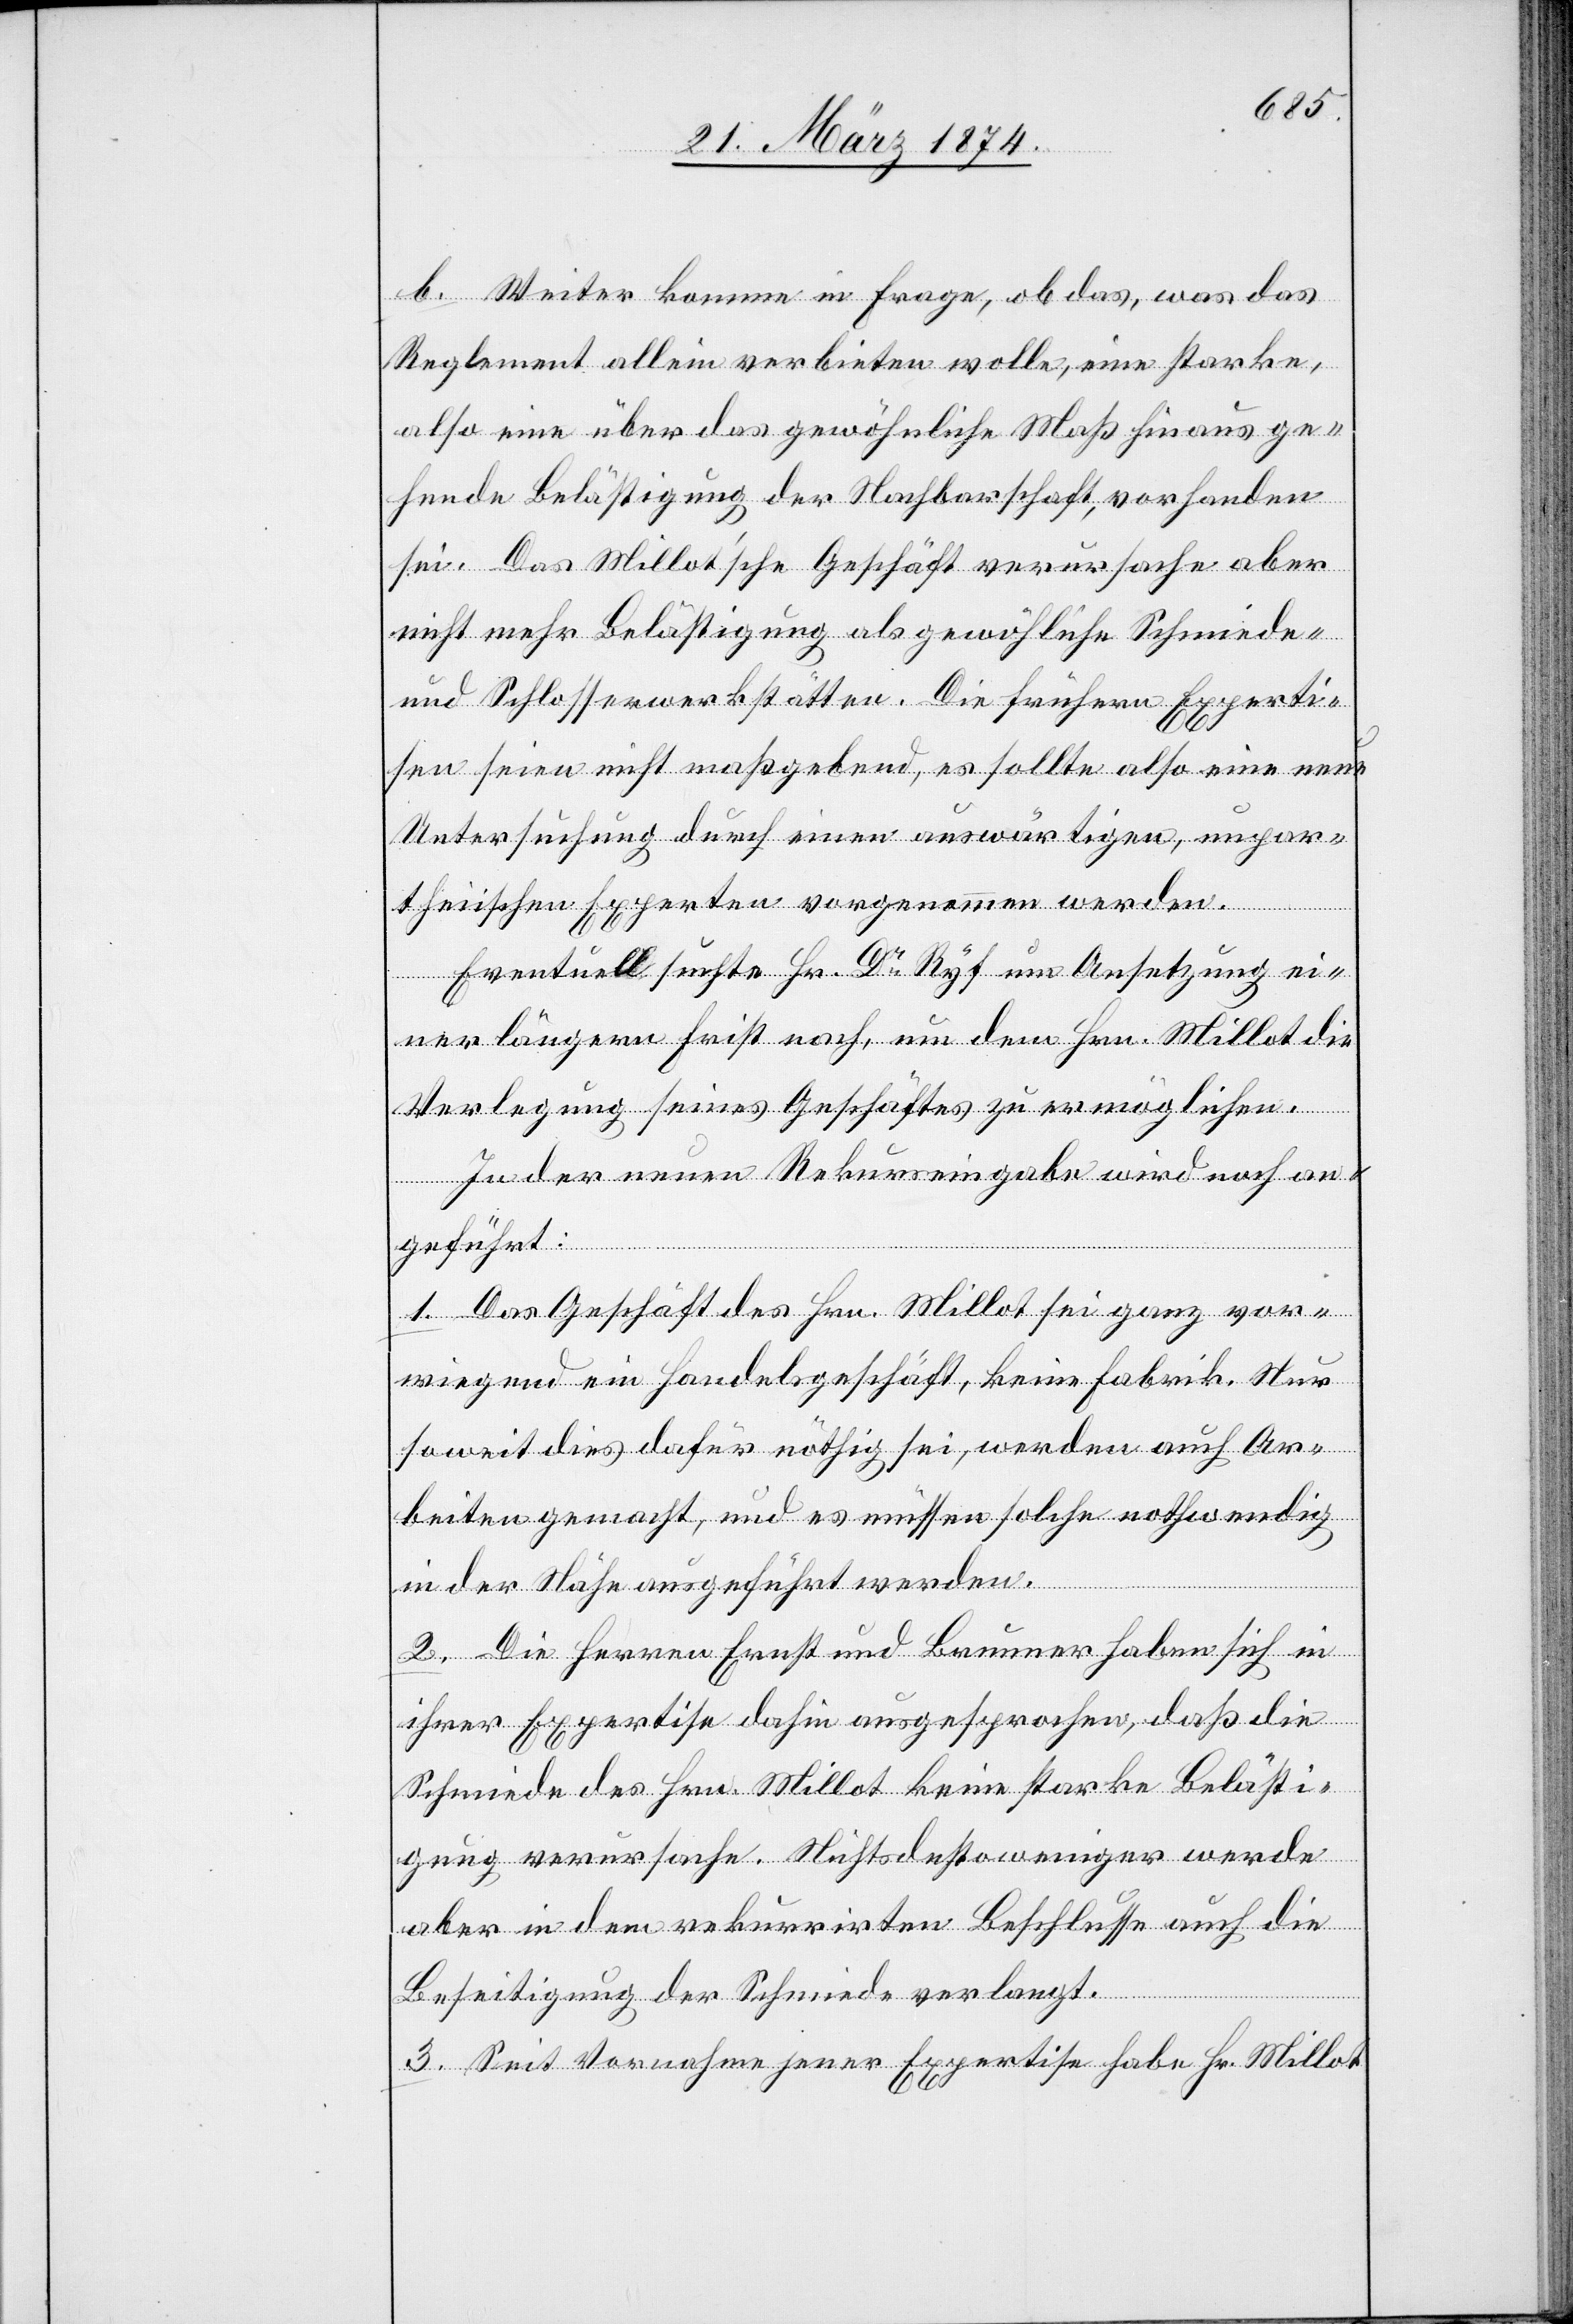
b. Weiter komme in Frage, ob das, was das
Reglement allein verbieten wolle, eine starke,
also eine über das gewöhnliche Maß hinaus ge¬
hende Belästigung der Nachbarschaft, vorhanden
sei. Das Millot’sche Geschäft verursache aber
nicht mehr Belästigung als gewöhnliche Schmiede-
und Schlosserwerkstätten. Die frühern Experti¬
sen seien nicht maßgebend, es sollte also eine neue
Untersuchung durch einen auswärtigen, unpar¬
theiischen Experten vorgenommen werden.
Eventuell suchte Hr. Dr Ryf um Ansetzung ei¬
ner längern Frist nach, um dem Hrn. Millot die
Verlegung seines Geschäftes zu ermöglichen.
In der neuen Rekurseingabe wird noch an¬
geführt:
1. Das Geschäft des Hrn. Millot sei ganz vor¬
wiegend ein Handelsgeschäft, keine Fabrik. Nur
soweit dies dafür nöthig sei, werden auch Ar¬
beiten gemacht, und es müssen solche nothwendig
in der Nähe ausgeführt werden.
2. Die Herren Ernst und Brunner haben sich in
ihrer Expertise dahin ausgesprochen, daß die
Schmiede des Hrn. Millot keine starke Belästi¬
gung verursache. Nichtsdestoweniger werde
aber in dem rekurrirten Beschlusse auch die
Beseitigung der Schmiede verlangt.
3. Seit Vornahme jener Expertise habe Hr. Millot